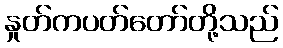
နှုတ်ကပတ်တော်တို့သည်